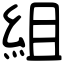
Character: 組